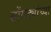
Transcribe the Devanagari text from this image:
सोंगट्यांच्या